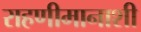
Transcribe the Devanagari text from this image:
राहणीमानाशी